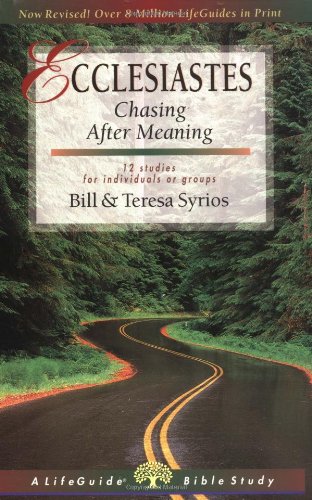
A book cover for Ecclesiastes: Chasing After Meaning (Lifeguide Bible Studies); Bill Syrios; Christian Books & Bibles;